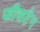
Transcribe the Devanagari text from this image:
फीसटेन